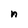
Character: n